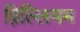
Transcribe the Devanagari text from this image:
व़िल्लियम